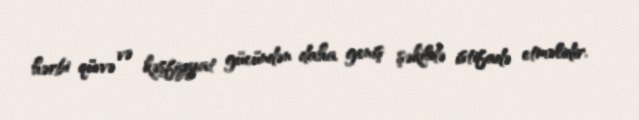
hərbi qüvvə və kəşfiyyat gücündən daha geniş şəkildə istifadə etməlidir.